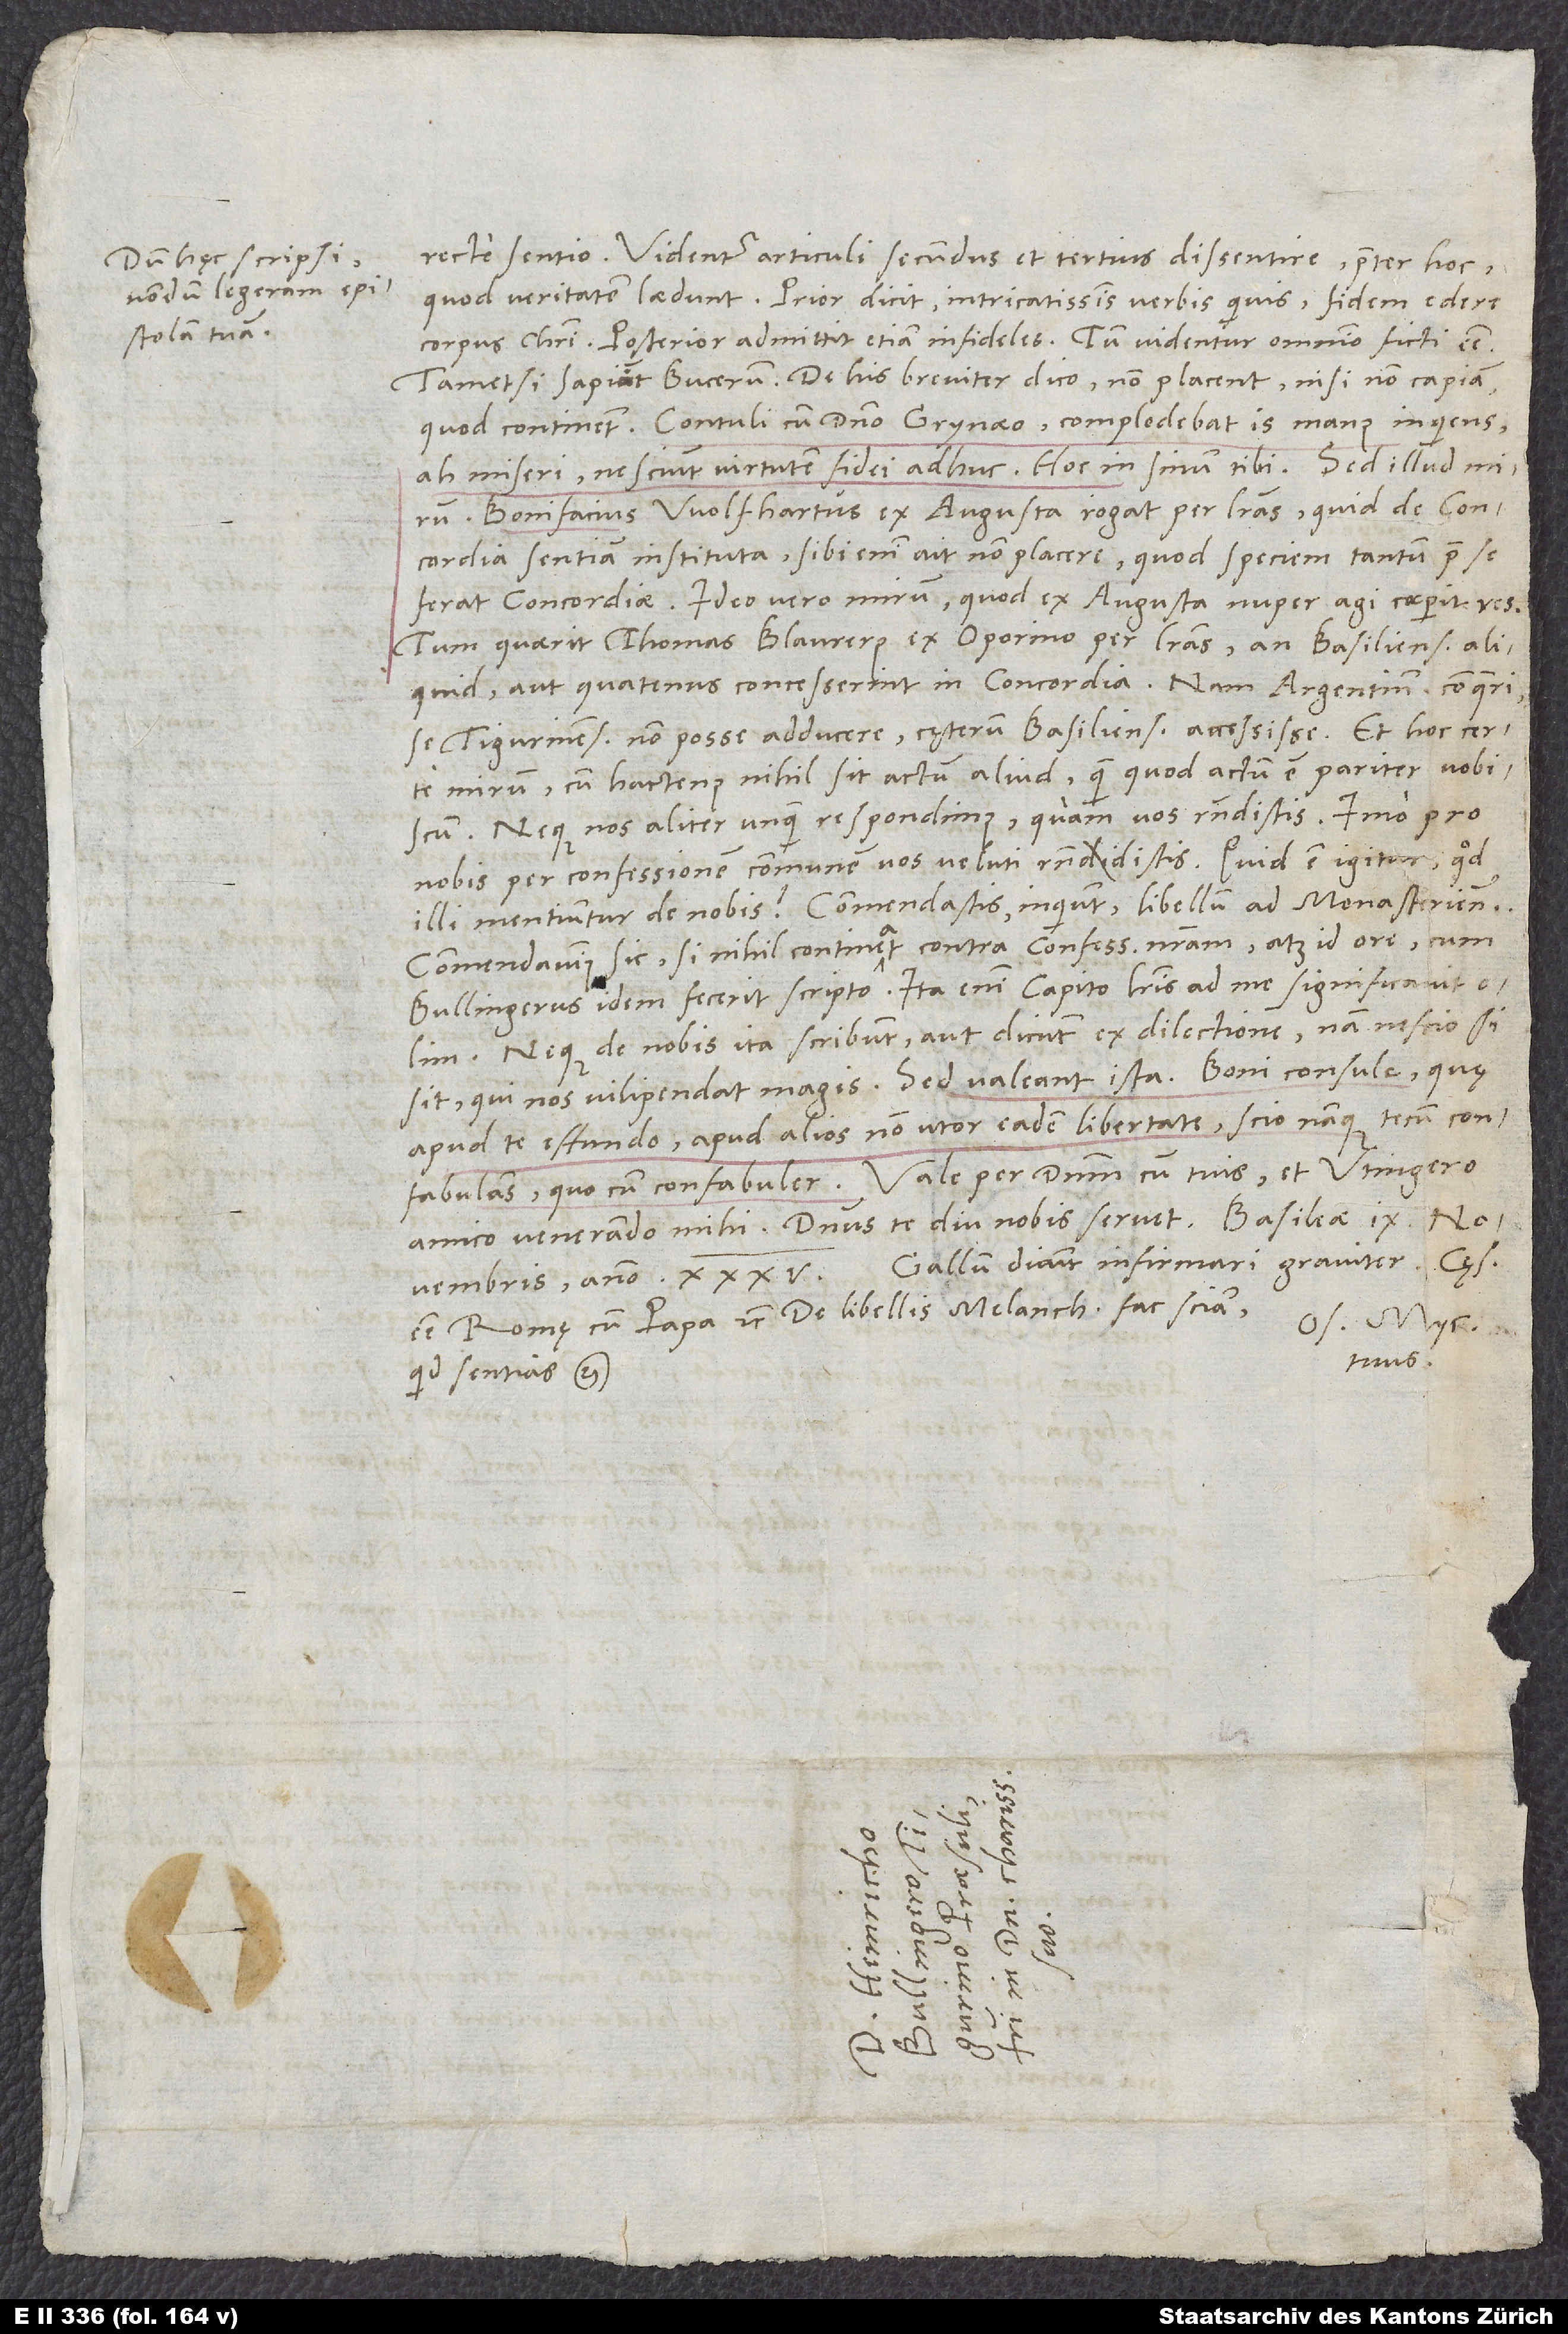
recte sentio. Videntur articuli secundus et tertius dissentire praeter hoc,
corpus Christi, posterior admittit etiam infideles. Tum videntur omnino ficti esse,
tametsi sapiunt Bucerum. De his breviter dico: Non placent, nisi non capiam,
quod continent. Contuli cum domino Grynaeo. Complodebat is manus inquiens:
Ah miseri, nesciunt virtutem fidei adhuc! Hoc in sinum tibi.
Bonifacius Wolfhartus ex Augusta rogat per literas, quid de concordia
sentiam instituta. Sibi enim ait non placere, quod speciem tantum prae se
ferat concordiae. Ideo vero minim, quod ex Augusta nuper agi coepit res.
Tum quaerit Thomas Blaurerus ex Oporino per literas, an Basilienses "aliquid
aut quatenus concesserint in concordia"; nam Argentinenses conqueri
"se Tigurinenses non posse adducere, cęterum Basilienses accessisse". Et hoc certe
minim, cum hactenus nihil sit actum aliud, quam quod actum est pariter vobiscum,
neque nos aliter unquam respondimus, quam vos respondistis, imo pro
nobis per confessionem communem vos veluti respondistis. Quid est igitur, quod
illi mentiuntur de nobis? Commendastis, inquiunt, libellum Ad Monasterienses.
Commendavimus sic, si nihil contineat contra confessionem nostram, atque id ore, cum
Bullingerus idem fecerit scripto. Ita enim Capito literis ad me significavit
Neque de nobis ita scribunt aut dicunt ex dilectione; nam nescio, si
sit, qui nos vilipendat magis. Sed valeant ista. Boni consule, quę
apud te effundo. Apud alios non utor eadem libertate; scio nanque tecum confabulans,
amico venerando mihi. Dominus te diu nobis servet.
Gallum dicunt infirmari graviter caesarem
Os. Myc.
tuus.
quid sentias etc.
S.